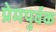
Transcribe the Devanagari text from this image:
प्रेमपुर्वक